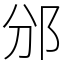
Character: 邠